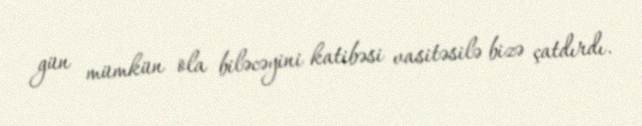
gün mümkün ola biləcəyini katibəsi vasitəsilə bizə çatdırdı.